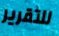
للتقرير